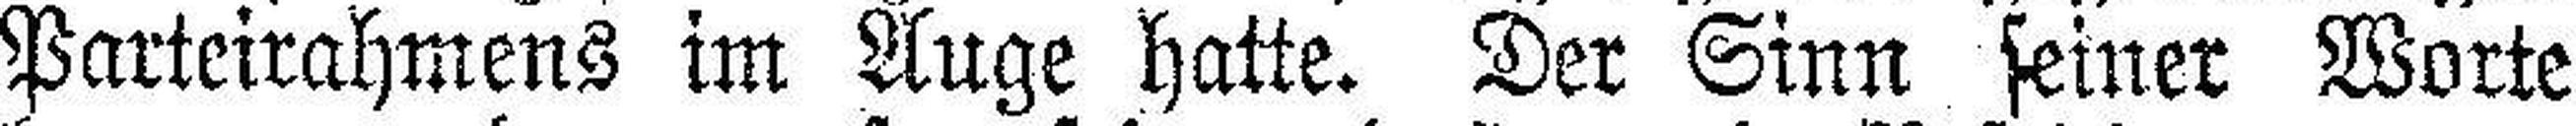
Parteirahmens im Auge hatte. Der Sinn seiner Worte